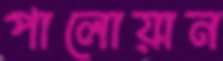
পালোয়ান